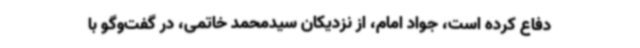
دفاع کرده است، جواد امام، از نزدیکان سیدمحمد خاتمی، در گفت‌وگو با